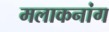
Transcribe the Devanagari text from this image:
मलाकनांग